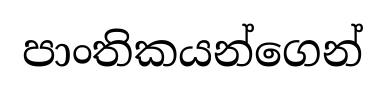
පාංතිකයන්ගෙන්